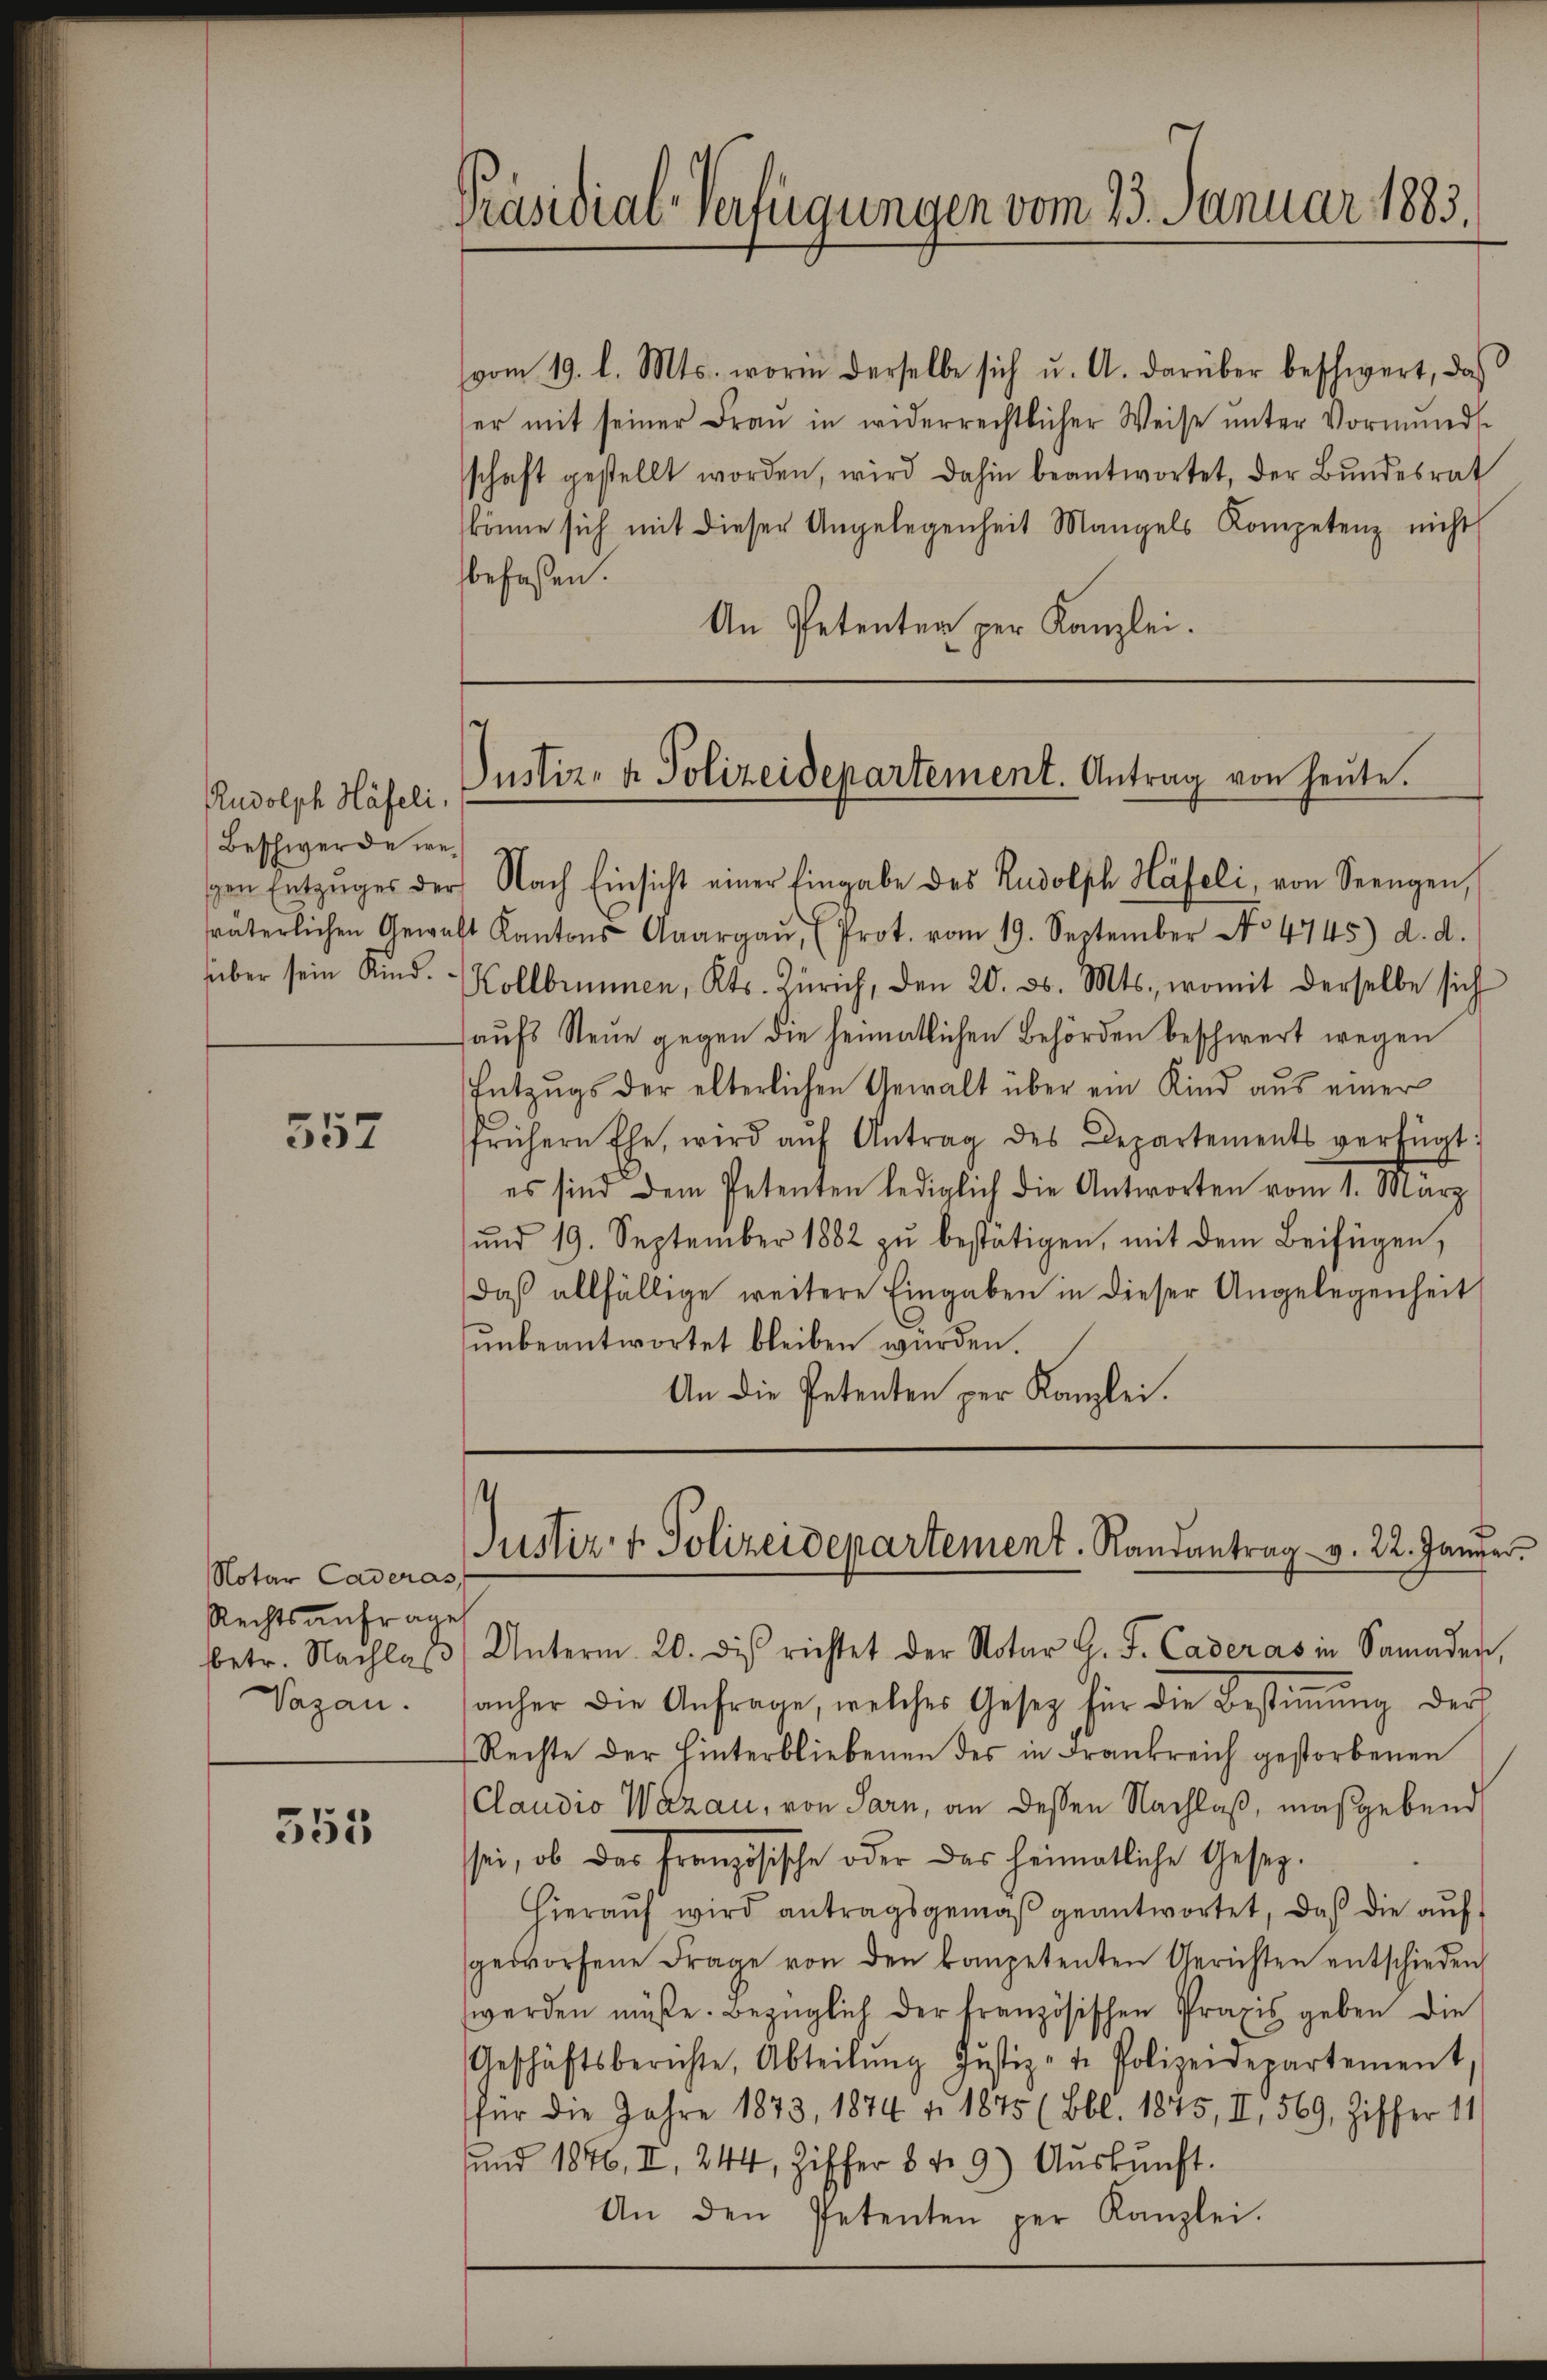
Rudolph Häfeli.
Beschwerde we¬

557

355

Notar Caderas
Rechtsanfrage
Vagan.

vom 19. l. Mts. worin derselbe sich u. A. darüber beschwert, daß
er mit seiner Frau in widerrechtlicher Weise unter Vormunds
schaft gestellt worden, wird dahin beantwortet, der Bundesrat
könne sich mit dieser Angelegenheit Mangels Kompetenz nicht
befassen.
An Petenter per Kanzlei.

Präsidial-Verfügungen vom 23. Januar 1883.

Justiz- & Polizeidepartement. Antrag von heute.
en Entzŭges der Nach Einsicht einer Eingabe des Rudolph Häfeli, von Seengen,

sräterlichen Gewalt Kantons Aargaŭ, (Prot. vom 19. September No 4745) d. d.
über sein Kind. Kollbrunnen, Kts. Zürich, den 20. ds. Mts., womit derselbe sich
aŭfs Neue gegen die heimatlichen Behörden beschwert wegen
Entzugs der elterlichen Gewalt über ein Kind aus einer
frühern Ehe, wird aŭf Antrag des Departements verfügt:
es sind dem Petenten lediglich die Antworten vom 1. März
ŭnd 19. September 1882 zŭ bestätigen, mit dem Beifügen,
daβ allfällige weitere Eingaben in dieser Angelegenheit
ŭnbeantwortet bleiben würden.
An die Petenten per Kanzlei.

.
Justiz- & Polizeidepartement. Randantrag v. 22. Januar.

betr. Nachlaβ Unterm 20. di richtet der Notar G. J. Caderas in Samaden,
anher die Anfrage, welches Gesetz für die Bestiṁŭng der
Rechte der Hinterbliebenen des in Frankreich gestorbenen
(Claudio Wazau, von Sarn, an dessen Nachlaß, maßgebend
sei, ob das französische oder das heimatliche Gesez¬
Hieraŭf wird antragsgemäß geantwortet, daß die auf
geworfene Frage von den kompetenten Gerichten entschieden
werden müße. Bezüglich der französischen Praxis geben die
Geschäftsberichte, Abteilŭng Justiz-t. Polizeidepartement,
für die Jahre 1873, 1874 v. 1875 (Bbl. 1875, II, 569, Ziffer 11.
und 1876, II, 244, Ziffer 8 t 9) Aŭskŭnft.
An den Petenten per Kanzlei.